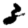
Digit: 3